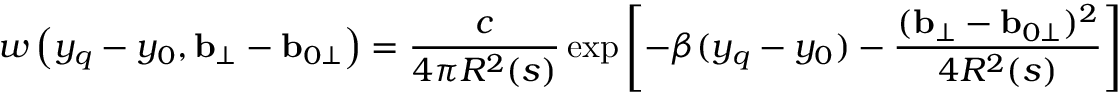
w \left( y _ { q } - y _ { 0 } , { \bf b } _ { \perp } - { \bf b } _ { 0 \perp } \right) = \frac c { 4 \pi R ^ { 2 } ( s ) } \exp \left[ - \beta ( y _ { q } - y _ { 0 } ) - \frac { ( { \bf b } _ { \perp } - { \bf b } _ { 0 \perp } ) ^ { 2 } } { 4 R ^ { 2 } ( s ) } \right]